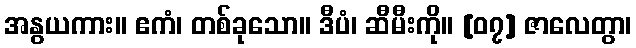
အနွယကား။ ဧကံ၊ တစ်ခုသော။ ဒီပံ၊ ဆီမီးကို။ [၀၇] ဇာလေတွာ၊